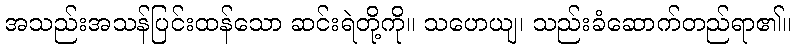
အသည်းအသန်ပြင်းထန်သော ဆင်းရဲတို့ကို။ သဟေယျ၊ သည်းခံဆောက်တည်ရာ၏။